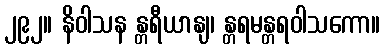
၂၉၂။ နိဝါသန န္တရီယာနျ၊ န္တရမန္တရဝါသကော။